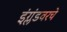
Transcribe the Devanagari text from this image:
इंग्लंडवरचे